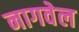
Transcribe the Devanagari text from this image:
नागवेल